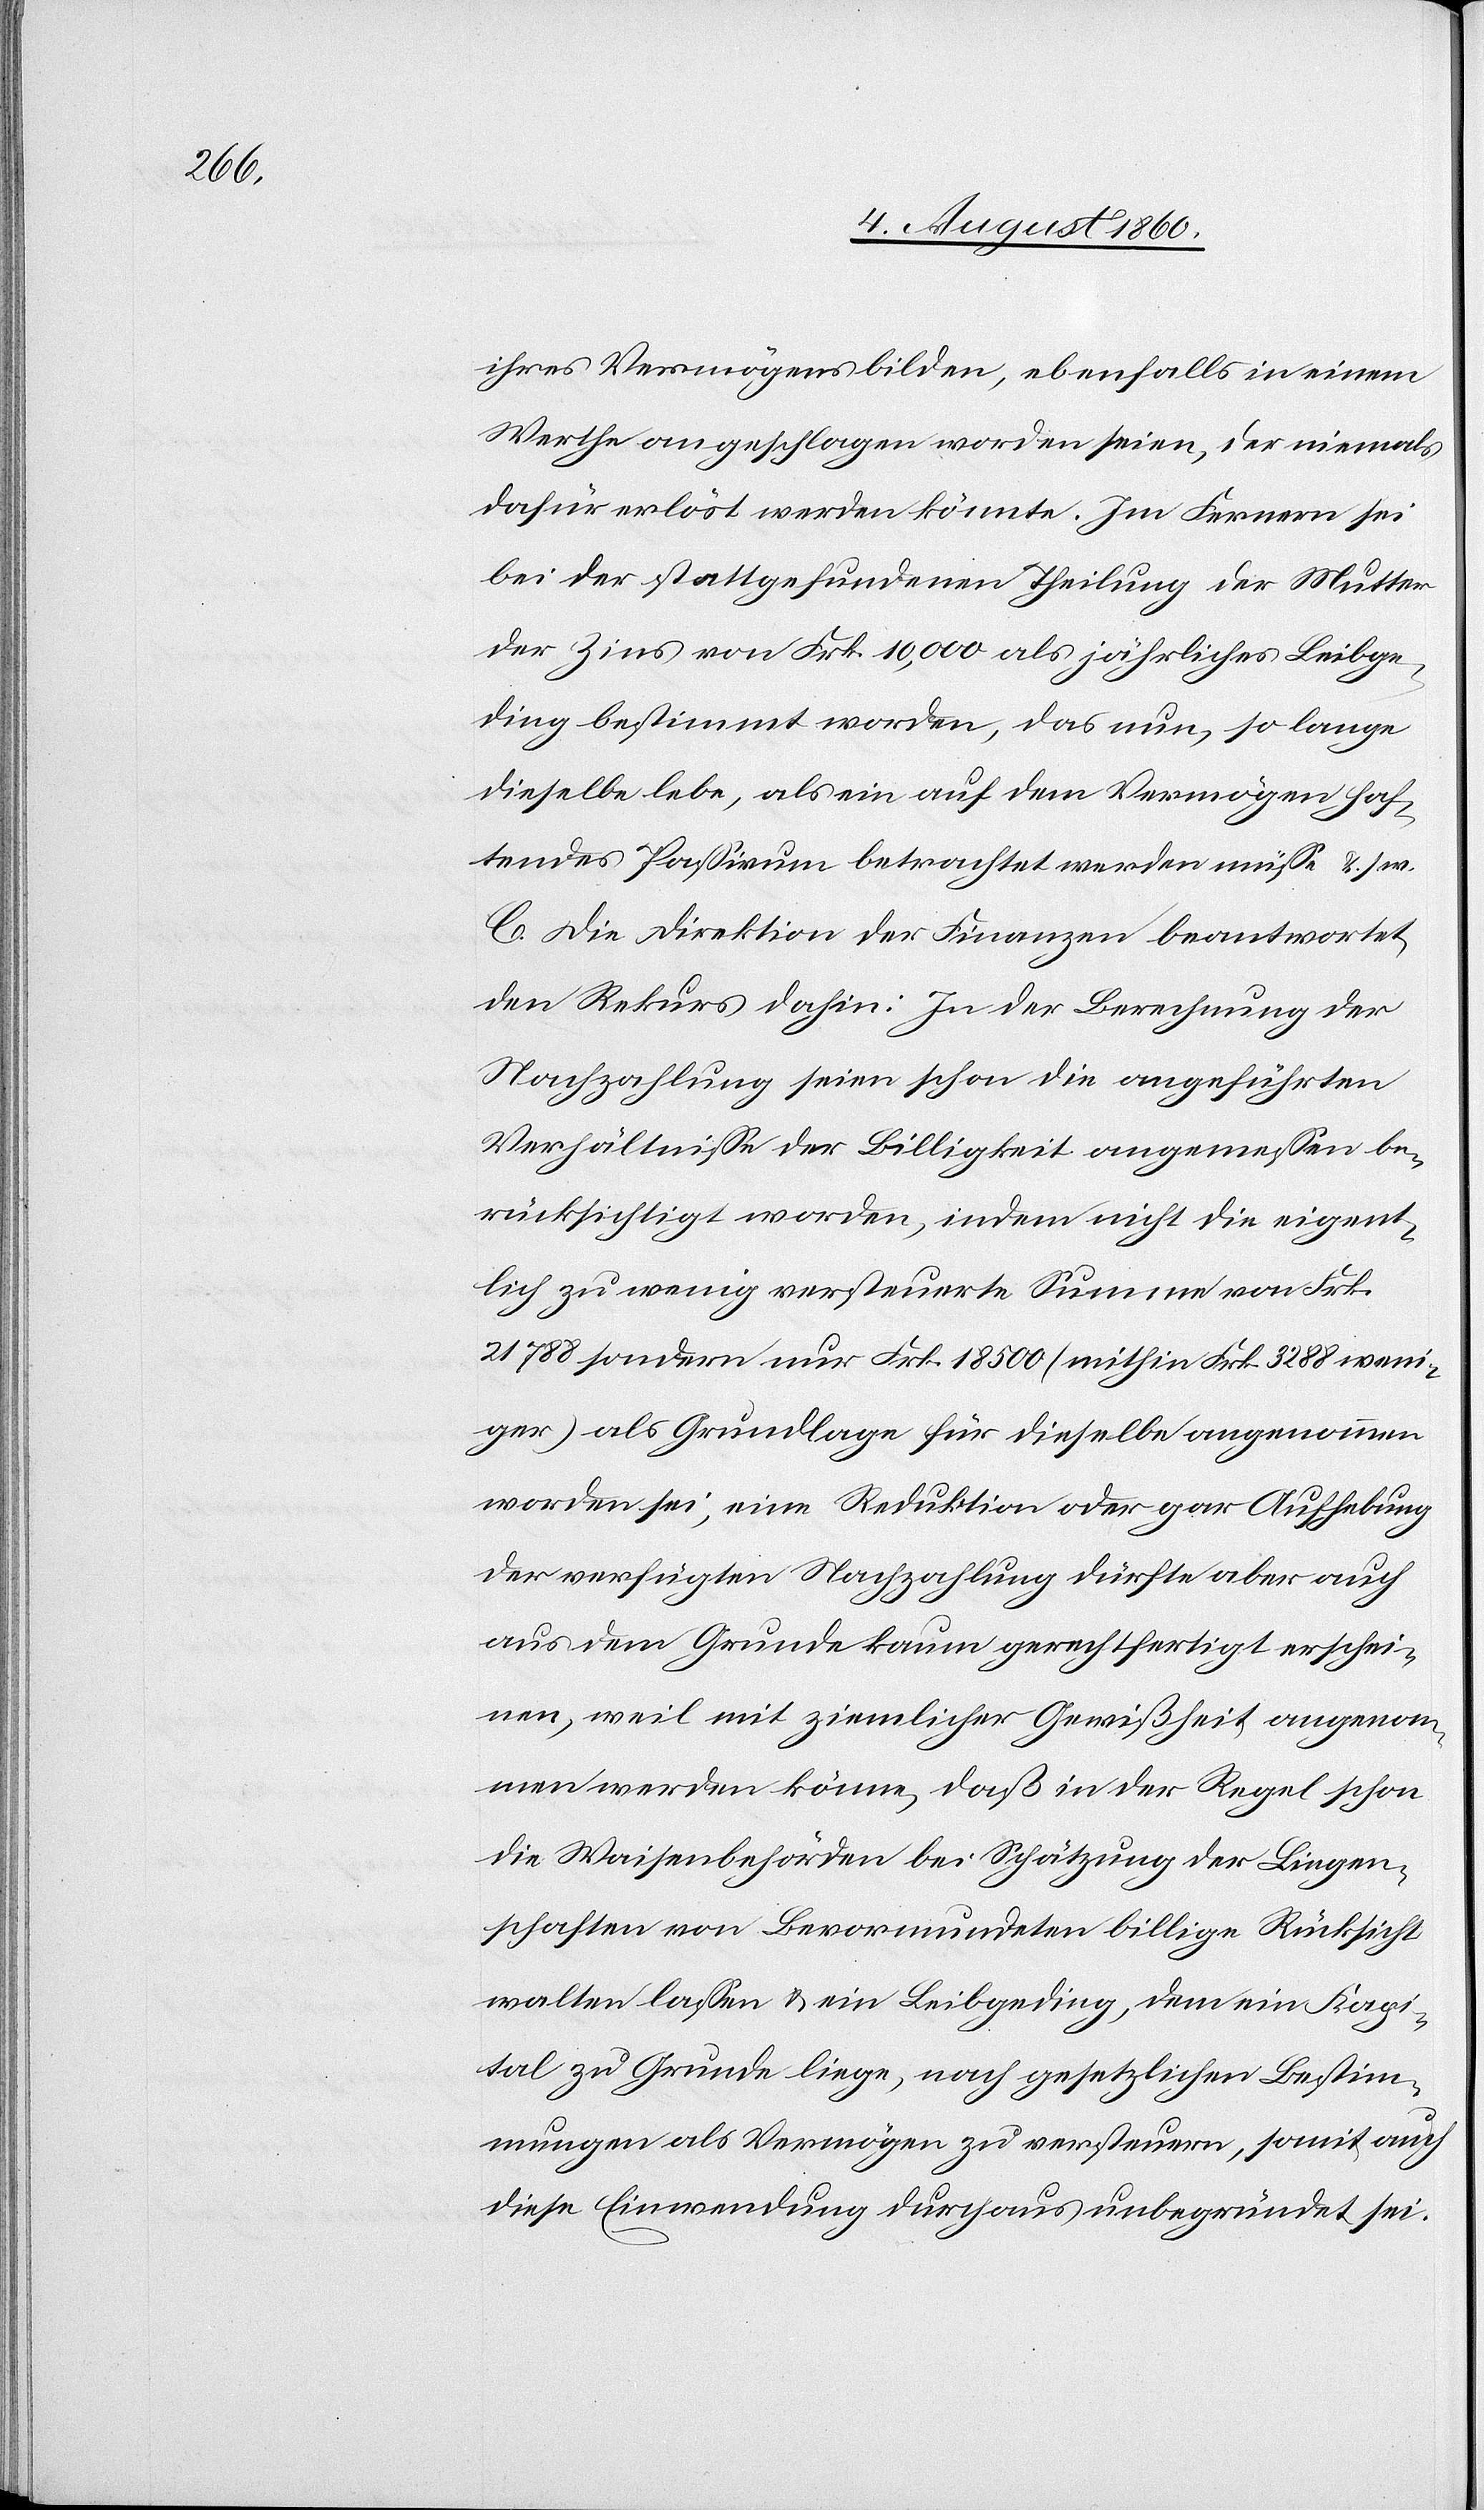
ihres Vermögens bilden, ebenfalls in einem
Werthe angeschlagen worden seien, der niemals
dafür erlöst werden könnte. Im Fernern sei
bei der stattgefundenen Theilung der Mutter
der Zins von Frk. 10,000 als jährliches Leibge¬
ding bestimmt worden, das nun, so lange
dieselbe, als ein auf dem Vermögen haf¬
tendes Passivum betrachtet werden müsse u. s. w.
C. Die Direktion der Finanzen beantwortet
den Rekurs dahin: In der Berechnung der
Nachzahlung seien schon die angeführten
Verhältnisse der Billigkeit angemessen be¬
rücksichtigt worden, indem nicht die eigent¬
lich zu wenig versteuerte Summe von Frk.
21,788, sondern nur Frk. 18 500 (mithin Frk. 3288 weni¬
ger) als Grundlage für dieselbe angenommen
worden sei, eine Reduktion oder gar Aufhebung
der verfügten Nachzahlung dürfte aber auch
aus dem Grunde kaum gerechtfertigt erschei¬
nen, weil mit ziemlicher Gewissheit angenom¬
men werden könne, dass in der Regel schon
die Waisenbehörden bei Schätzung der Liegen¬
schaften von Bevormundeten billige Rücksicht
walten lassen und ein Leibgeding, dem ein Kap¬
ital zu Grunde liege, nach gesetzlichen Bestim¬
mungen als Vermögen zu versteuern, somit auch
diese Einwendung durchaus unbegründet sei.